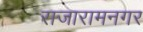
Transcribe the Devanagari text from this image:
राजारामनगर